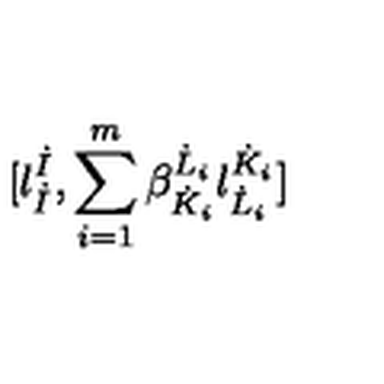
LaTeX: \lbrack l _ { \dot { I } } ^ { \dot { I } } , \sum _ { i = 1 } ^ { m } \beta _ { \dot { K } _ { i } } ^ { \dot { L } _ { i } } l _ { \dot { L } _ { i } } ^ { \dot { K } _ { i } } \rbrack